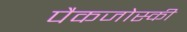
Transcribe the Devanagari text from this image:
पैकजोस्की